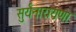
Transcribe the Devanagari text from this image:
सुर्यनारायणा